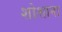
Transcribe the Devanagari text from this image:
शोशाना